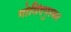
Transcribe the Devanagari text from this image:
गोविंदपुरकर